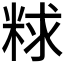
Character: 𫃁